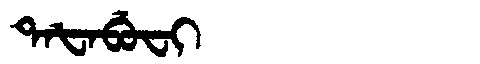
Manchu: ᡨᠠᡶᠠᠪᡠᠸᡳ
Romanization: TAFABUFI